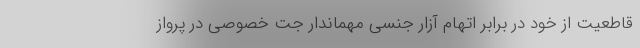
قاطعیت از خود در برابر اتهام‌ آزار جنسی مهماندار جت خصوصی در پرواز